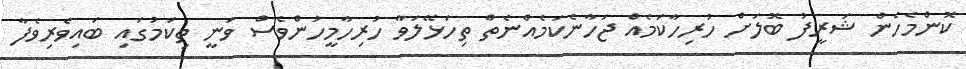
ކޮންމެހެން ޝަރީފު ބޮލަށް ހުރިހާކަމެއް ޖަހާނެކަމެއްނެތް ތިހަޅޭލަވާ ހުރިހާމީހުންވެސް ވަނީ ތިކަމުގައި ބައިވެރިވެފާ